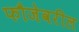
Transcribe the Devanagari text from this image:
फौजेवरील